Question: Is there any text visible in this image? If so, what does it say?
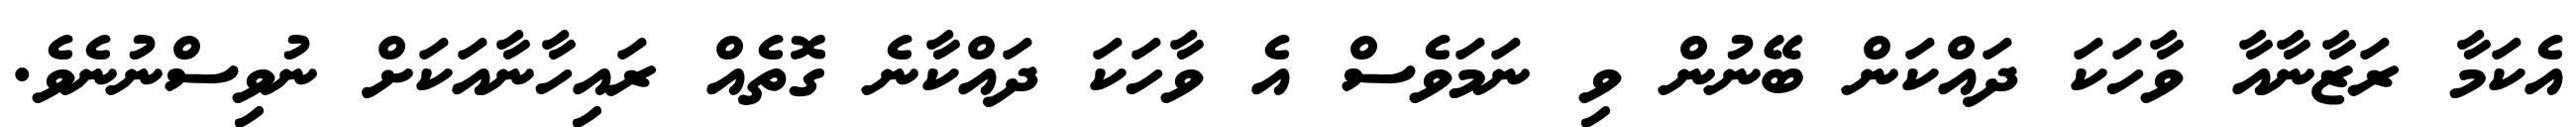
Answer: އެކަމާ ރަޒާނާއާ ވާހަކަ ދައްކަން ބޭނުން ވި ނަމަވެސް އެ ވާހަކަ ދައްކާނެ ގޮތެއް ރައިހާނާއަކަށް ނުވިސްނުނެވެ.